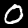
Label: 0